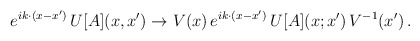
\begin{align*}e^{i k \cdot (x - x')} \, U[A](x,x') \to V(x)\, e^{i k \cdot (x - x')} \, U[A](x;x') \, V^{-1}(x') \,.\end{align*}